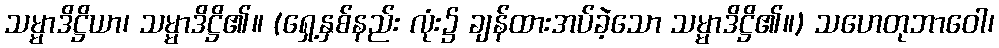
သမ္မာဒိဋ္ဌိယာ၊ သမ္မာဒိဋ္ဌိ၏။ (ရှေ့နှစ်နည်း လုံး၌ ချန်ထားအပ်ခဲ့သော သမ္မာဒိဋ္ဌိ၏။) သဟေတုဘာဝေါ၊